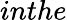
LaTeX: inthe